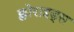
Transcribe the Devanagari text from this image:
क्लोराइड्स